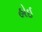
હોઇ